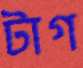
টাগ